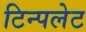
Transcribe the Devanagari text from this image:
टिन्पलेट